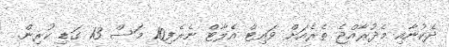
ދެކުނާއި މެދުރާއްޖެ ތެރެއަށް ވައިޓް އެލާޓް ނެރެފި10 މަސް 13 ގަޑި ކުރިން.